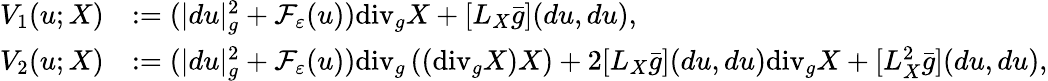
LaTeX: \begin{array}{rl}{V_{1}(u;X)}&{:=(|du|_{g}^{2}+\mathcal{F}_{\varepsilon}(u))\mathrm{div}_{g}X+[L_{X}\bar{g}](du,du),}\\ {V_{2}(u;X)}&{:=(|du|_{g}^{2}+\mathcal{F}_{\varepsilon}(u))\mathrm{div}_{g}\left((\mathrm{div}_{g}X)X\right)+2[L_{X}\bar{g}](du,du)\mathrm{div}_{g}X+[L_{X}^{2}\bar{g}](du,du),}\end{array}